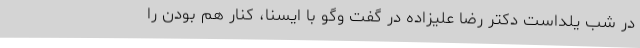
در شب یلداست دکتر رضا علیزاده در گفت وگو با ایسنا، کنار هم بودن را